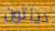
دينتون